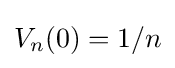
V_{n}(0)=1/n